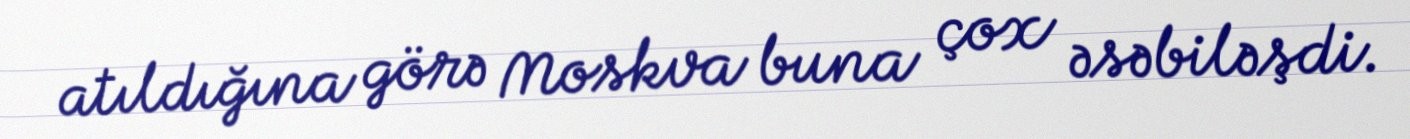
atıldığına görə Moskva buna çox əsəbiləşdi.